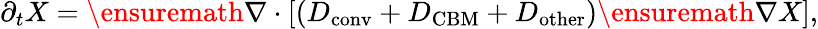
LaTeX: \partial_{t}X=\ensuremath{\nabla}\cdot[(D_{\mathrm{conv}}+D_{\mathrm{CBM}}+D_{\mathrm{other}})\ensuremath{\nabla}X],